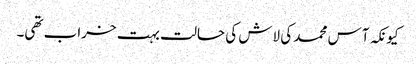
کیونکہ آس محمد کی لاش کی حالت بہت خراب تھی۔